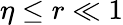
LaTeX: \eta\le r\ll 1